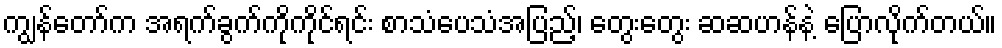
ကျွန်တော်က အရက်ခွက်ကိုကိုင်ရင်း စာသံပေသံအပြည့်၊ တွေးတွေး ဆဆဟန်နဲ့ ပြောလိုက်တယ်။